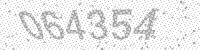
Solution: 064354